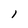
Character: 1